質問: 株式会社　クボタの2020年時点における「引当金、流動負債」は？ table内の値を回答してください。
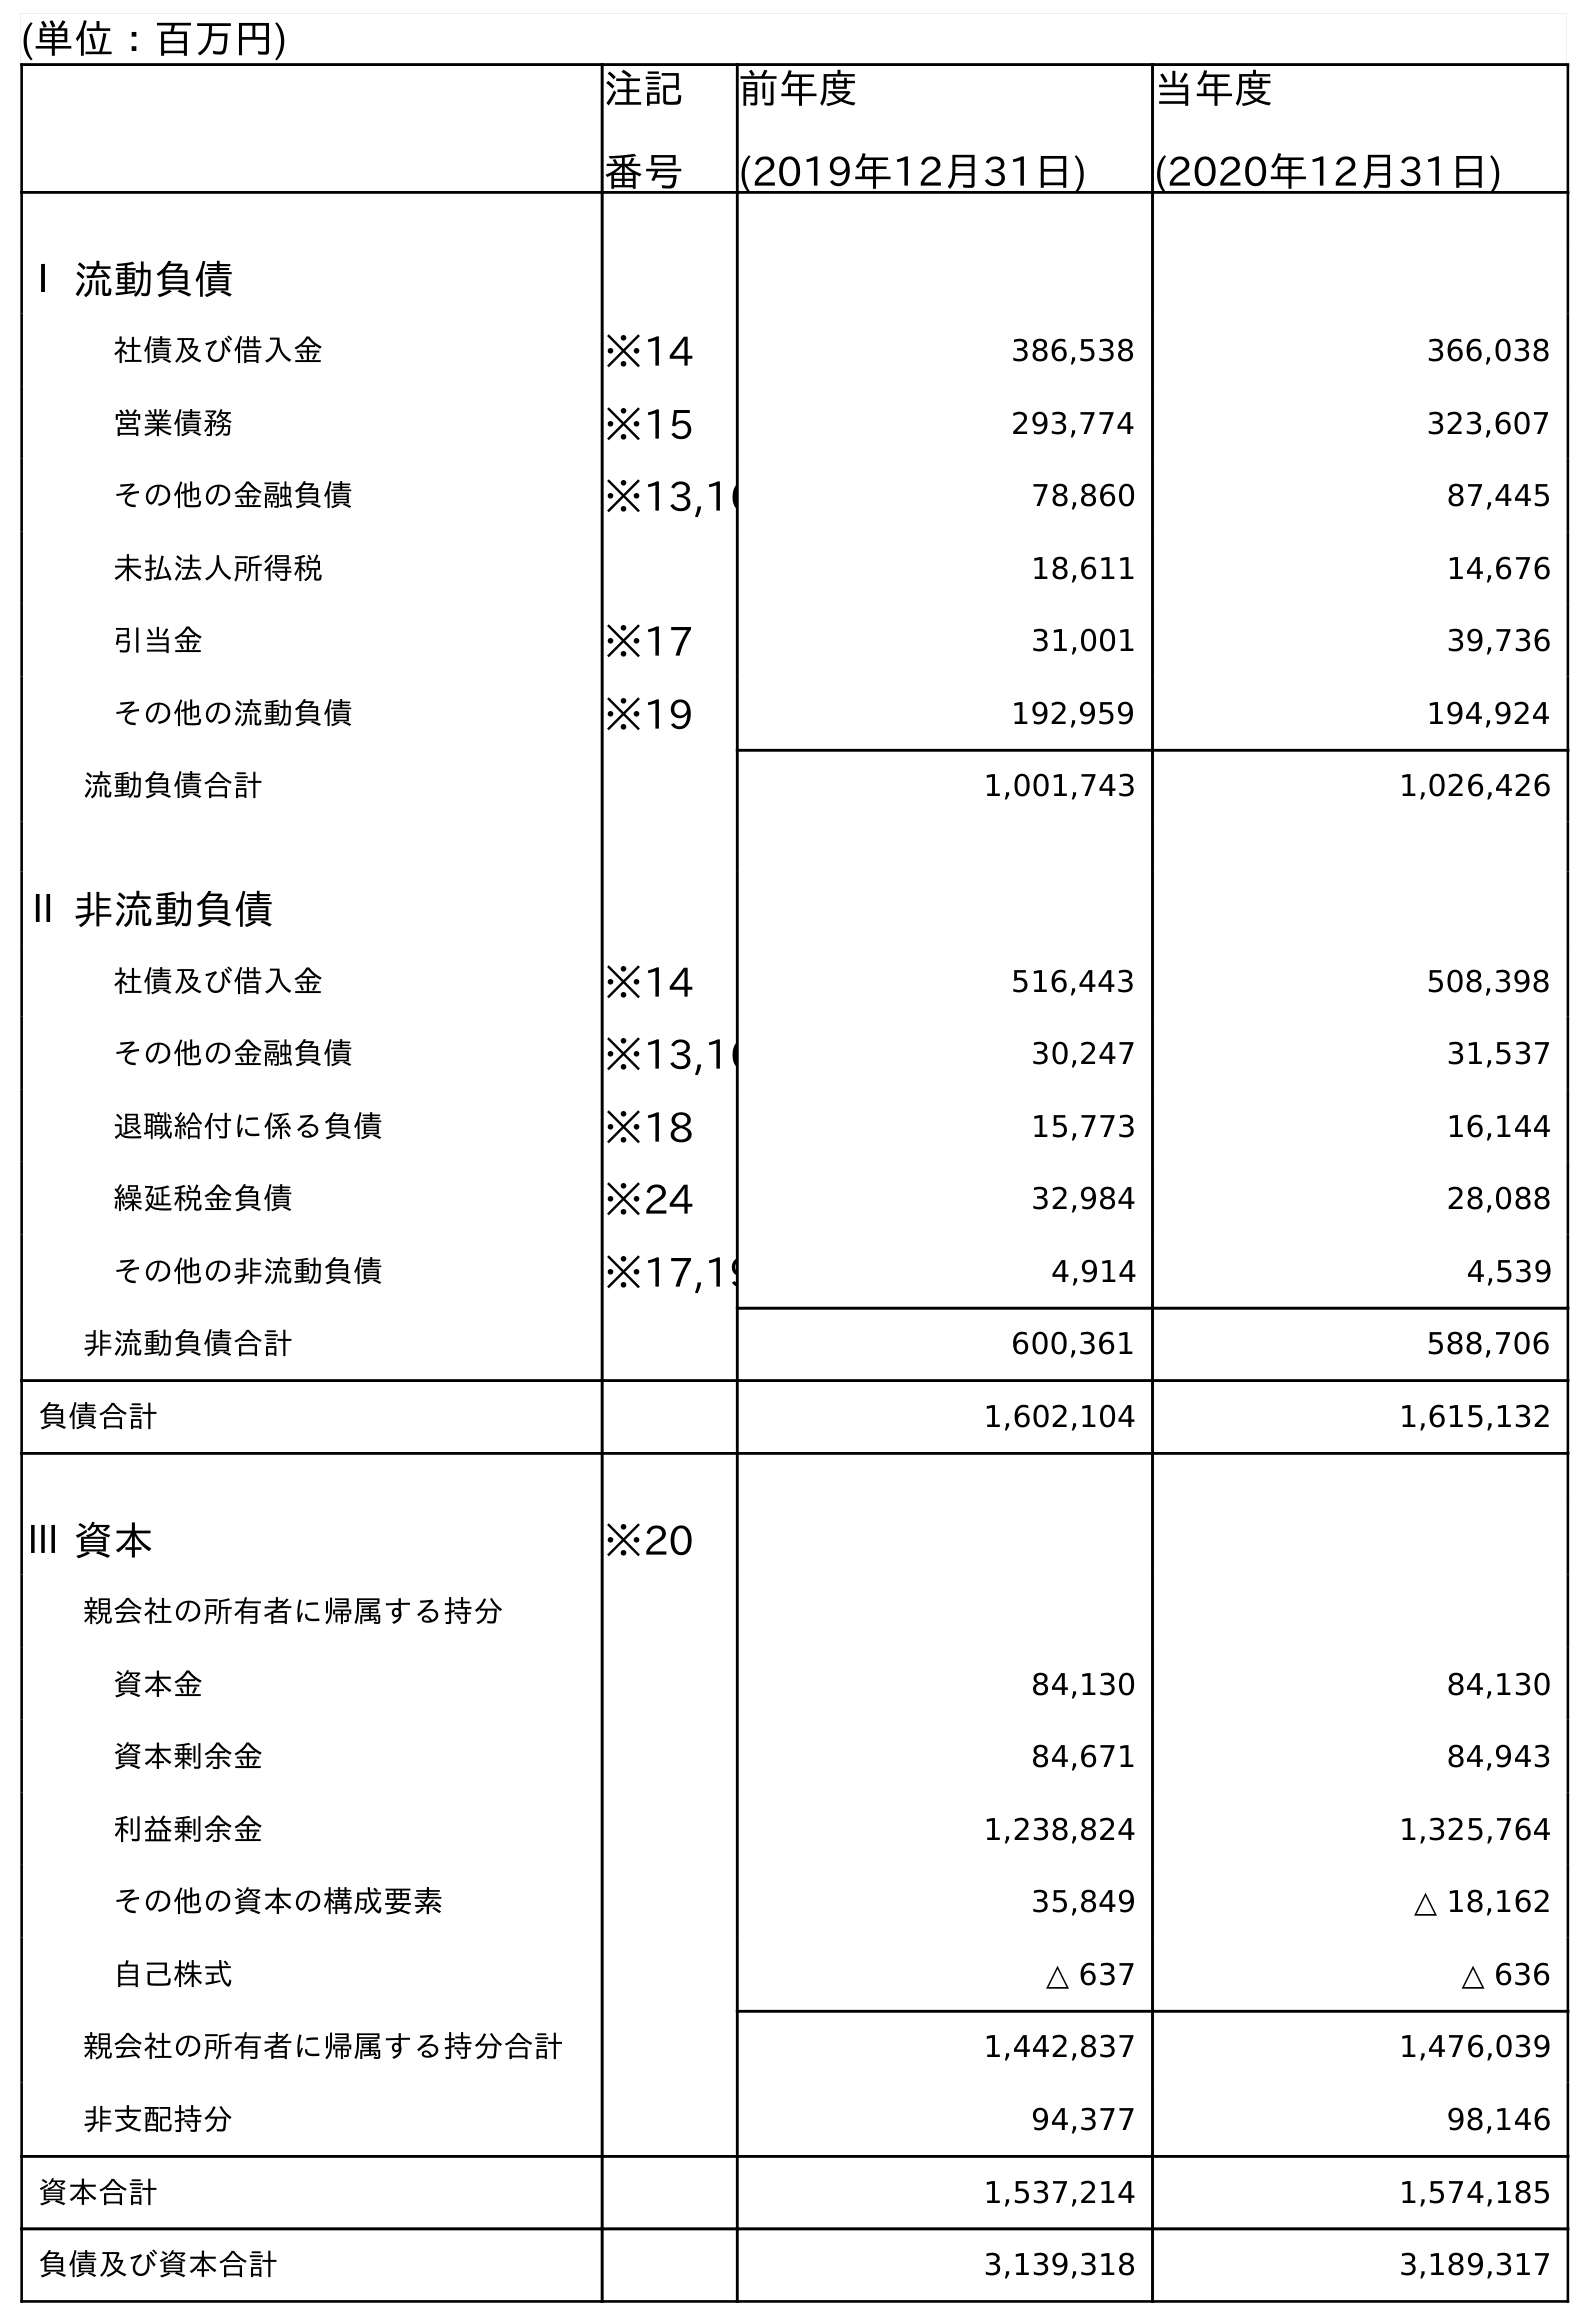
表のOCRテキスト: (単位：百万円) 注記 番号 前年度 (2019年12月31日) 当年度 (2020年12月31日) Ⅰ 流動負債 社債及び借入金 ※14 386,538 366,038 営業債務 ※15 293,774 323,607 その他の金融負債 ※13,16 78,860 87,445 未払法人所得税 18,611 14,676 引当金 ※17 31,001 39,736 その他の流動負債 ※19 192,959 194,924 流動負債合計 1,001,743 1,026,426 Ⅱ 非流動負債 社債及び借入金 ※14 516,443 508,398 その他の金融負債 ※13,16 30,247 31,537 退職給付に係る負債 ※18 15,773 16,144 繰延税金負債 ※24 32,984 28,088 その他の非流動負債 ※17,19 4,914 4,539 非流動負債合計 600,361 588,706 負債合計 1,602,104 1,615,132 Ⅲ 資本 ※20 親会社の所有者に帰属する持分 資本金 84,130 84,130 資本剰余金 84,671 84,943 利益剰余金 1,238,824 1,325,764 その他の資本の構成要素 35,849 △ 18,162 自己株式 △ 637 △ 636 親会社の所有者に帰属する持分合計 1,442,837 1,476,039 非支配持分 94,377 98,146 資本合計 1,537,214 1,574,185 負債及び資本合計 3,139,318 3,189,317
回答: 39,736